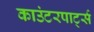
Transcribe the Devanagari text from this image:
काउंटरपार्ट्स